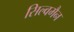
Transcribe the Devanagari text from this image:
सिल्वमैन